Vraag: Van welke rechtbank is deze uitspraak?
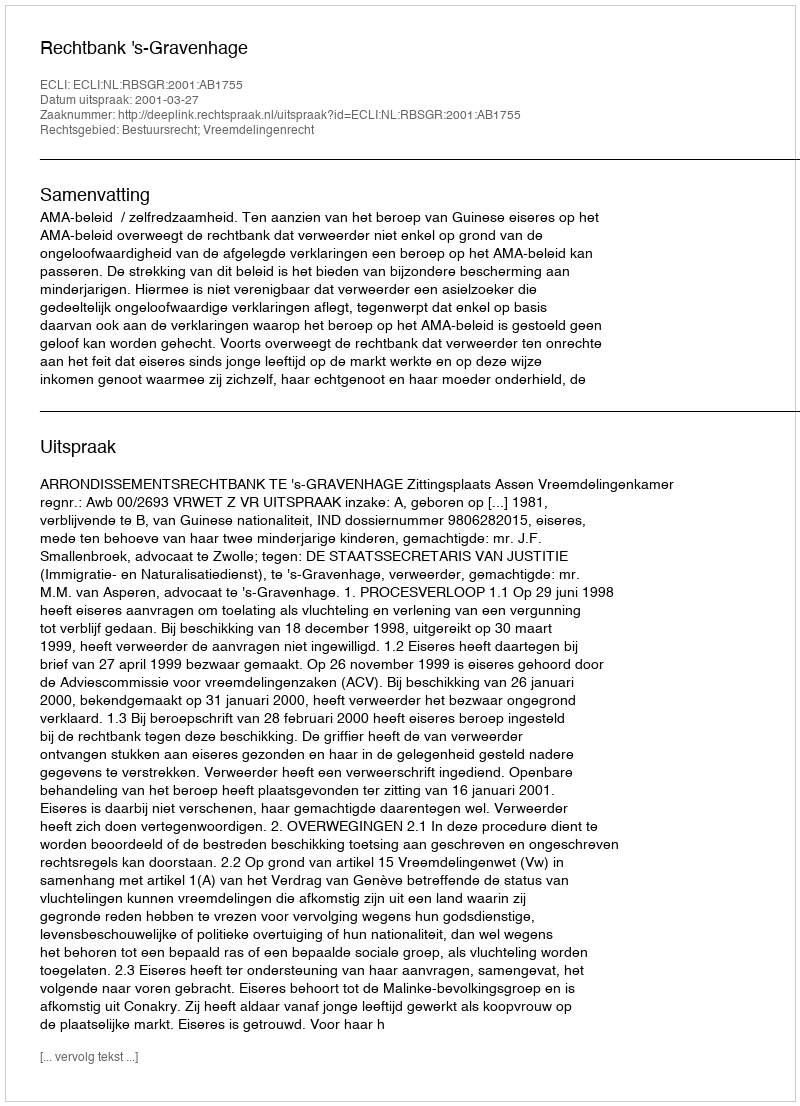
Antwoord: Rechtbank 's-Gravenhage